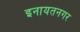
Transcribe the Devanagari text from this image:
इनायतनगर